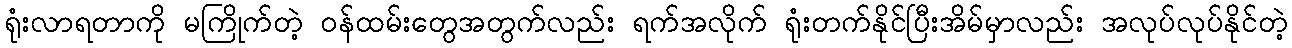
ရုံးလာရတာကို မကြိုက်တဲ့ ဝန်ထမ်းတွေအတွက်လည်း ရက်အလိုက် ရုံးတက်နိုင်ပြီးအိမ်မှာလည်း အလုပ်လုပ်နိုင်တဲ့